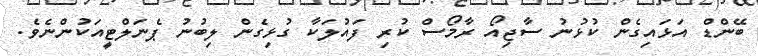
ބޭންޑް އަޅައިގެން ކުޅުނު ސާޖިއޯ ރާމޯސް ކުރި ފައުލަކާ ގުޅިގެން ލިބުނު ޕެނަލްޓީއަކުންނެވެ.